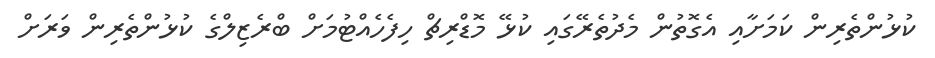
ކުޅުންތެރިން ކަމަށާއި އެގޮތުން މެދުތެރޭގައި ކުޅޭ މޮޑްރިޗް ހިފެހެއްޓުމަށް ބްރެޒިލްގެ ކުޅުންތެރިން ވަރަށް